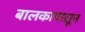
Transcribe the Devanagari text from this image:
बालकापासून